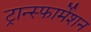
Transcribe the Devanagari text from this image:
ट्रान्स्फार्मेशन